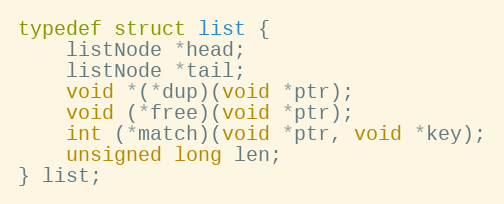
Language: C
typedef struct list {
    listNode *head;
    listNode *tail;
    void *(*dup)(void *ptr);
    void (*free)(void *ptr);
    int (*match)(void *ptr, void *key);
    unsigned long len;
} list;